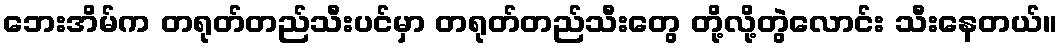
ဘေးအိမ်က တရုတ်တည်သီးပင်မှာ တရုတ်တည်သီးတွေ တို့လို့တွဲလောင်း သီးနေတယ်။